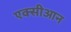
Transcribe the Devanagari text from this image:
एक्सीआन